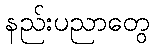
နည်းပညာတွေ